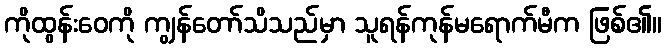
ကိုထွန်းဝေကို ကျွန်တော်သိသည်မှာ သူရန်ကုန်မရောက်မီက ဖြစ်၏။